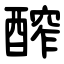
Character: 醡